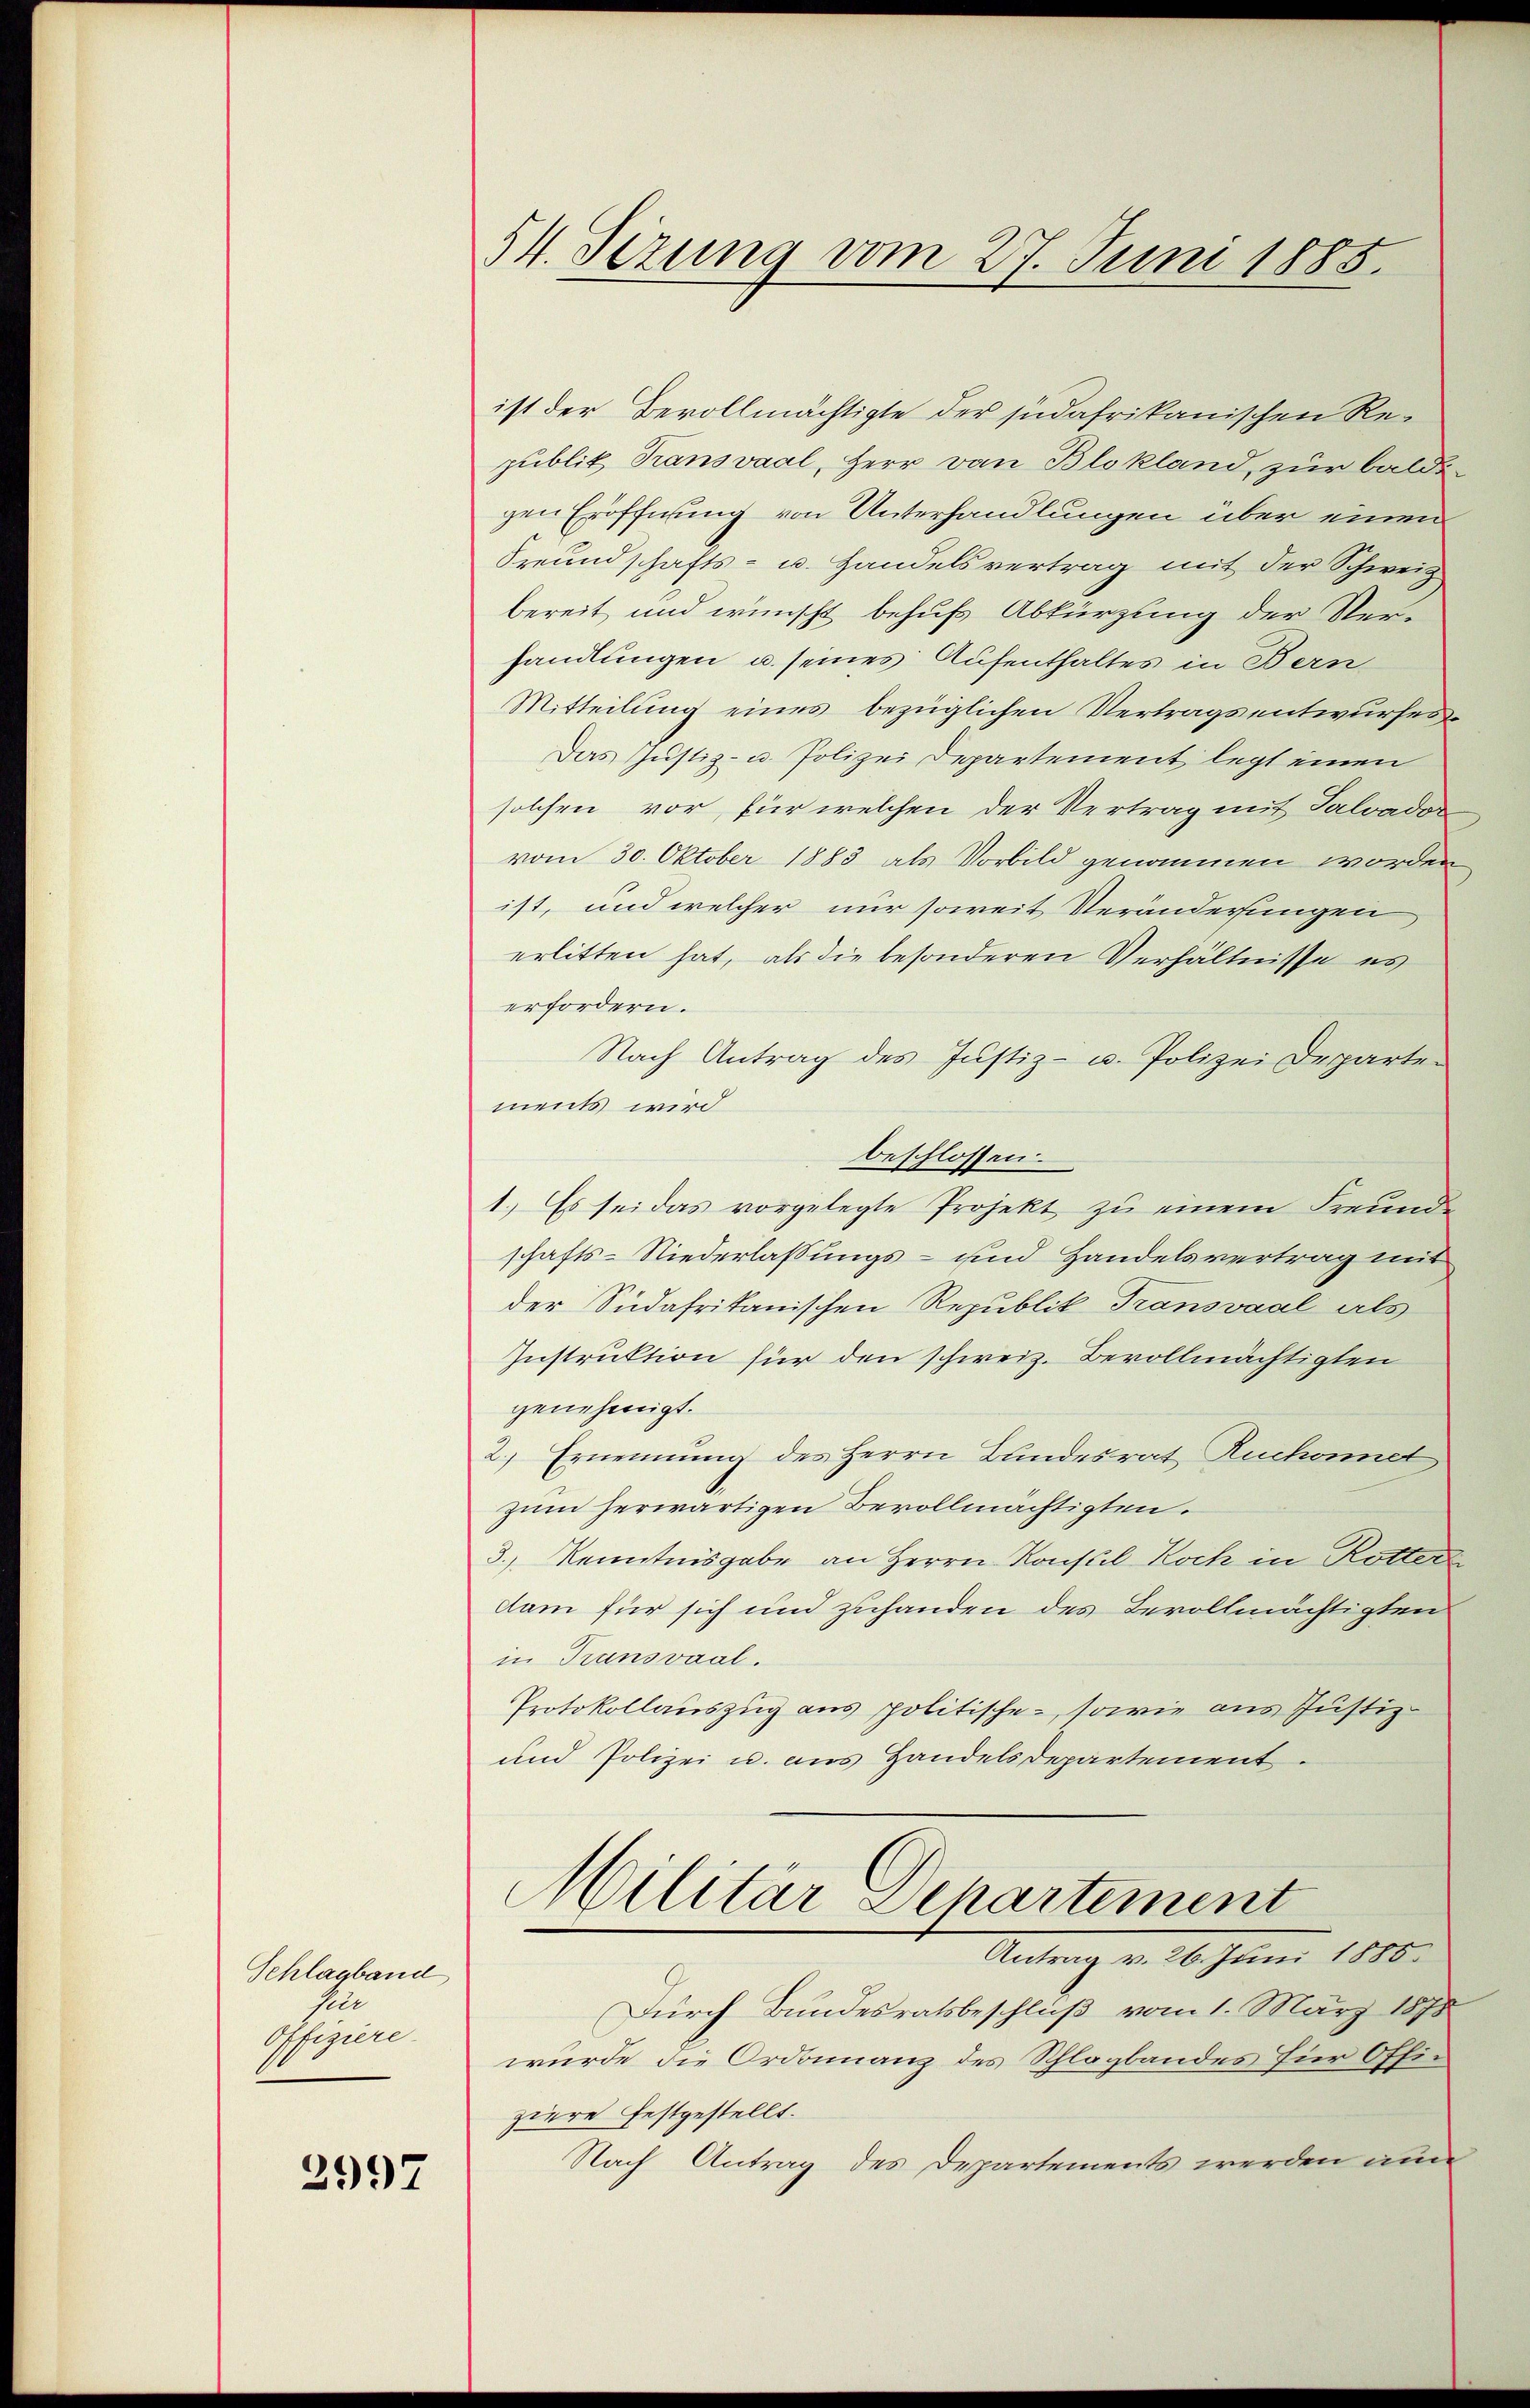
Schlagband
sele
Offiziere.

2997

54. Sizung vom 27. Juni 1885.

ist der Bevollmächtigte der südafrikanischen Republik Transvaal, Herr von Blokland, zur baldigen Eröffnung von Unterhandlungen über einen
Freundschafts- u. Handelsvertrag mit der Schweiz
bereit und wünscht behufs Abkürzung der Ver-
handlungen u. seines Aufenthaltes in Bern
Mitteilung eines bezüglichen Vertragsentwurfes¬
Das Justiz- u. Polizei Departement legt einen
solchen vor, für welchen der Vertrag mit Salvador
vom 30. Oktober 1883 als Vorbild genommen worden
ist, und welcher nur soweit Veränderungen,
erlitten hat, als die besonderen Verhältnisse es
erfordern.
Nach Antrag des Justiz- u. Polizei Departements wird
beschlossen.
1.) Es sei das vorgelegte Projekt zu einem Freunde
schafts-Niederlassungs- und Handelsvertrag mit
der Südafrikanischen Republik Transaal als
Instruktion für den schweiz. Bevollmächtigten
genehmigt.
2.) Ernennung des Herrn Bundesrat Ruchonet
zum herwärtigen Bevollmächtigten.
3., Kenntnisgabe an Herrn Konsul Koch in Rotter
dam für sich und zuhanden des Bevollmächtigten
in Transvaal.
Protokollauszug aus politische, sowie aus Justiz-
und Polizei u. aus Handelsdepartement.
Militär Departement
Antrag von 16. Juni 1890.
Durch Bundesratsbeschluß vom 1. März 1878
wurde die Ordonnanz des Schlagbandes hier Offiziere festgestellt.
Nach Antrag des Departements werden an